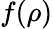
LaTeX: f(\rho)